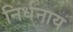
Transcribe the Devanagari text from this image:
निर्धनाय